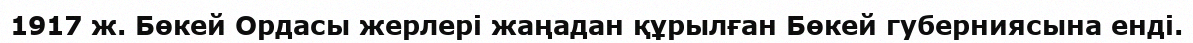
1917 ж. Бөкей Ордасы жерлері жаңадан құрылған Бөкей губерниясына енді.